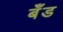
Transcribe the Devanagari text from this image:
बॅँड